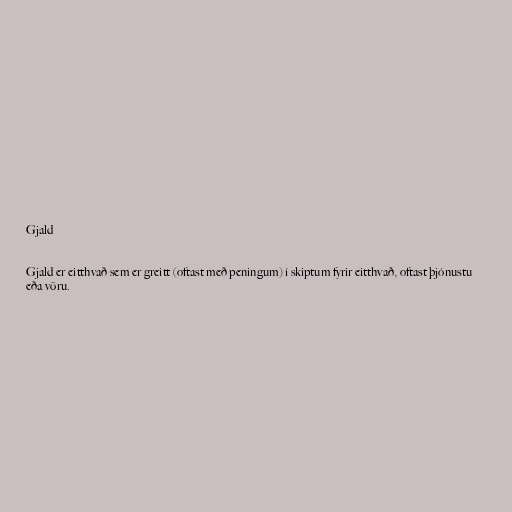
Gjald

Gjald er eitthvað sem er greitt (oftast með peningum) í skiptum fyrir eitthvað, oftast þjónustu
eða vöru.